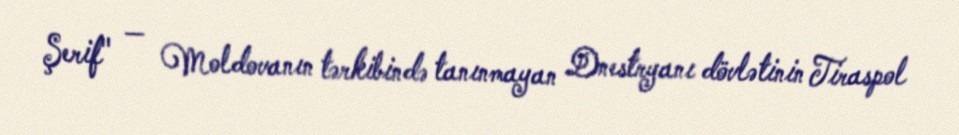
Şerif" — Moldovanın tərkibində tanınmayan Dnestryanı dövlətinin Tiraspol